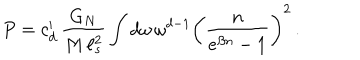
LaTeX: P = c _ { d } ^ { \prime } \, \frac { G _ { N } } { M \, \ell _ { s } ^ { 2 } } \int d \omega \, \omega ^ { d - 1 } \left( \frac { n } { e ^ { \beta n } - 1 } \right) ^ { 2 } \, .